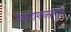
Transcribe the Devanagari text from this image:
पञ्चमहापापात्प्रमुच्यते